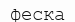
феска